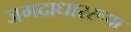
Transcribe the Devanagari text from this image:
जगदाधाररूपा